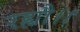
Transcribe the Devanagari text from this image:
रह्यौ।।